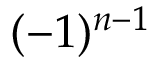
( - 1 ) ^ { n - 1 }